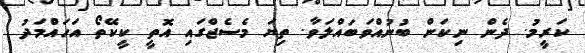
ކަރީމު. ދެން ނިކަން ބުނުއްވަބައްލަވާ. ތިޔަ މެސެޖްގައި އޮތީ ކީކޭތޯ އަހައްމަދު